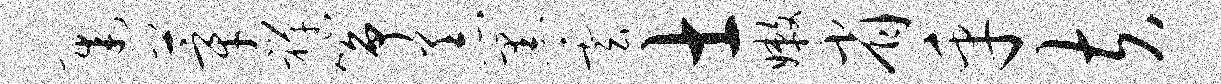
迟莘禅筝恙黑云士嫩省乎夫